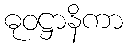
ဓုဝဋ္ဌာနိကာ